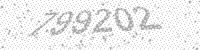
Solution: 799202